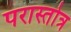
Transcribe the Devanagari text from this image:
परास्तोत्र